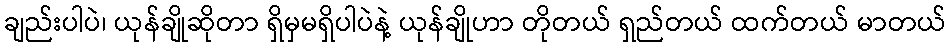
ချည်းပါပဲ၊ ယုန်ချိုဆိုတာ ရှိမှမရှိပါပဲနဲ့ ယုန်ချိုဟာ တိုတယ် ရှည်တယ် ထက်တယ် မာတယ်